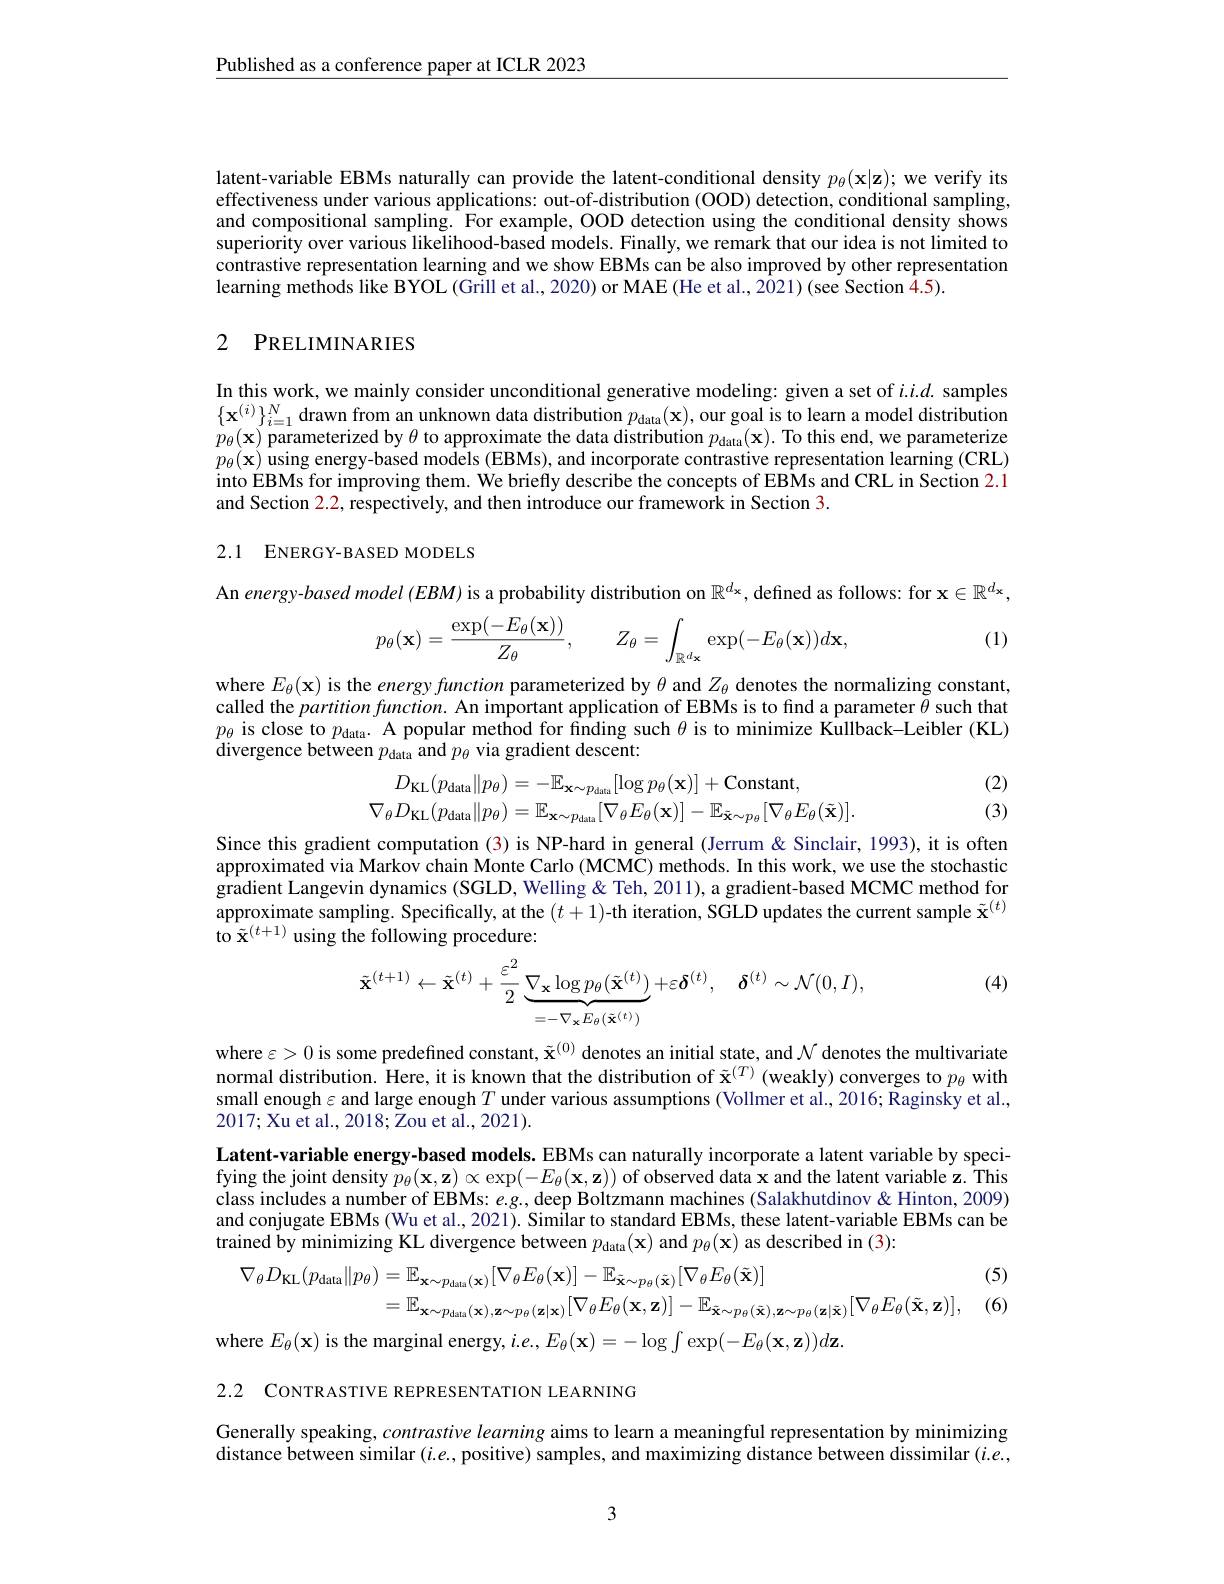
$\underline{\text{Published as a conference paper at ICLR 2023}}$

latent-variable EBMs naturally can provide the latent-conditional density $p_\theta(\mathbf{x}|\mathbf{z});$ we verify its effectiveness under various applications: out-of-distribution (OOD) detection, conditional sampling, and compositional sampling. For example, OOD detection using the conditional density shows superiority over various likelihood-based models. Finally, we remark that our idea is not limited to contrastive representation learning and we show EBMs can be also improved by other representation learning methods like BYOL (Grill et al., 2020) or MAE (He et al., 2021) (see Section 4.5).

## 2 PRELIMINARIES

In this work, we mainly consider unconditional generative modeling: given a set of $i.i.d.$ samples $\{\mathbf{x}^{(i)}\}_{i=1}^N$ drawn from an unknown data distribution $p_\text{data}( \mathbf{x} ) $, our goal is to learn a model distribution $p_\theta(\mathbf{x})$ parameterized by $\theta$ to approximate the data distribution $p_\mathrm{data}( \mathbf{x} ) .$ To this end, we parameterize $p_{\theta}(\mathbf{x})$ using energy-based models (EBMs), and incorporate contrastive representation learning (CRL) into EBMs for improving them. We briefly describe the concepts of EBMs and CRL in Section 2.1 and Section 2.2, respectively, and then introduce our framework in Section 3.

## 2.1 ENERGY-BASED MODELS

An energy-based model (EBM) is a probability distribution on $\mathbb{R}^d_*$, defined as follows: for $\mathbf{x}\in\mathbb{R}^d_*$,

(1)
$$p_\theta(\mathbf{x})=\frac{\exp(-E_\theta(\mathbf{x}))}{Z_\theta},\quad Z_\theta=\int_{\mathbb{R}^d\mathbf{x}}\exp(-E_\theta(\mathbf{x}))d\mathbf{x},$$
where $E_\theta(\mathbf{x})$ is the energy function parameterized by $\theta$ and $Z_\theta$ denotes the normalizing constant, called the $partitionfunction.$ An important application of EBMs is to find a parameter $\tilde{\theta}$ such that $p_{\theta}$ is close to $p_\text{data}.$ A popular method for finding such $\theta$ is to minimize Kullback-Leibler(KL) divergence between $p_\text{data}$ and $p_\theta$ via gradient descent:
$$\begin{aligned}D_{\mathrm{KL}}(p_{\mathrm{data}}\|p_{\theta})&=-\mathbb{E}_{\mathbf{x}\sim p_{\mathrm{data}}}[\log p_{\theta}(\mathbf{x})]+\mathrm{Constant},\\\nabla_{\theta}D_{\mathrm{KL}}(p_{\mathrm{data}}\|p_{\theta})&=\mathbb{E}_{\mathbf{x}\sim p_{\mathrm{data}}}[\nabla_{\theta}E_{\theta}(\mathbf{x})]-\mathbb{E}_{\tilde{\mathbf{x}}\sim p_{\theta}}[\nabla_{\theta}E_{\theta}(\tilde{\mathbf{x}})].\end{aligned}$$
(2) (3)

Since this gradient computation (3) is NP-hard in general (Jerrum & Sinclair, 1993), it is often approximated via Markov chain Monte Carlo (MCMC) methods. In this work, we use the stochastic gradient Langevin dynamics (SGLD, Welling & Teh, 2011), a gradient-based MCMC method for approximate sampling. Specifically, at the $(t+1)$-th iteration, SGLD updates the current sample $\tilde{\mathbf{x}}^{(t)}$ to $\tilde{\mathbf{x}}^{(t+1)}$using the following procedure:

(4)
$$\tilde{\mathbf{x}}^{(t+1)}\leftarrow\tilde{\mathbf{x}}^{(t)}+\frac{\varepsilon^{2}}{2}\underbrace{\nabla_{\mathbf{x}}\log p_{\theta}(\tilde{\mathbf{x}}^{(t)})}_{=-\nabla_{\mathbf{x}}E_{\theta}(\tilde{\mathbf{x}}^{(t)})}+\varepsilon\delta^{(t)},\quad\delta^{(t)}\sim\mathcal{N}(0,I),$$
where $\varepsilon>0$ is some predefined constant, $\tilde{\mathbf{x}}^{(0)}$ denotes an initial state, and $\mathcal{N}$ denotes the multivariate normal distribution. Here, it is known that the distribution of $\tilde{\mathbf{x}}^{(T)}$ (weakly) converges to $p_\theta$ with small enough $\varepsilon$ and large enough $T$ under various assumptions (Vollmer et al., 2016; Raginsky et al., 2017;Xu et al., 2018; Zou et al., 2021).

Latent-variable energy-based models. EBMs can naturally incorporate a latent variable by specifying the joint density $p_\theta(\mathbf{x},\mathbf{z})\propto\exp(-E_\theta(\mathbf{x},\mathbf{z}))$ of observed data x and the latent variable z. This class includes a number of EBMs: $e.g.$, deep Boltzmann machines (Salakhutdinov&Hinton, 2009) and conjugate EBMs (Wu et al., 2021). Similar to standard EBMs, these latent-variable EBMs can be trained by minimizing KL divergence between $p_{\mathrm{data}}( \mathbf{x} )$ and $p_\theta(\mathbf{x})$ as described in (3):

(5)
$$\begin{aligned}\nabla_{\theta}D_{\mathrm{KL}}(p_{\mathrm{data}}\|p_{\theta})&=\mathbb{E}_{\mathbf{x}\sim p_{\mathrm{data}}(\mathbf{x})}[\nabla_{\theta}E_{\theta}(\mathbf{x})]-\mathbb{E}_{\tilde{\mathbf{x}}\sim p_{\theta}(\tilde{\mathbf{x}})}[\nabla_{\theta}E_{\theta}(\tilde{\mathbf{x}})]\\&=\mathbb{E}_{\mathbf{x}\sim p_{\mathrm{data}}(\mathbf{x}),\mathbf{z}\sim p_{\theta}(\mathbf{z}|\mathbf{x})}[\nabla_{\theta}E_{\theta}(\mathbf{x},\mathbf{z})]-\mathbb{E}_{\tilde{\mathbf{x}}\sim p_{\theta}(\tilde{\mathbf{x}}),\mathbf{z}\sim p_{\theta}(\mathbf{z}|\tilde{\mathbf{x}})}[\nabla_{\theta}E_{\theta}(\tilde{\mathbf{x}},\mathbf{z})],\end{aligned}$$
(6)

where $E_\theta(\mathbf{x})$ is the marginal energy, $i.e.,E_\theta(\mathbf{x})=-\log\int\exp(-E_\theta(\mathbf{x},\mathbf{z}))d\mathbf{z}.$

2.2 CONTRASTIVE REPRESENTATION LEARNING

Generally speaking, $contrastive\textit{learning aims to learn a meaningful representation by minimizing}$ distance between similar $(i.e.$,positive) samples, and maximizing distance between dissimilar $(i.e.$,

3